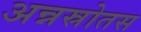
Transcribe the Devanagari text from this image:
अन्नस्रोतस